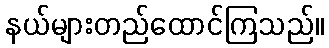
နယ်များတည်ထောင်ကြသည်။